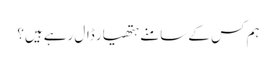
ہم کس کے سامنے ہتھیار ڈال رہے ہیں؟